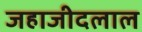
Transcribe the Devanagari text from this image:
जहाजीदलाल